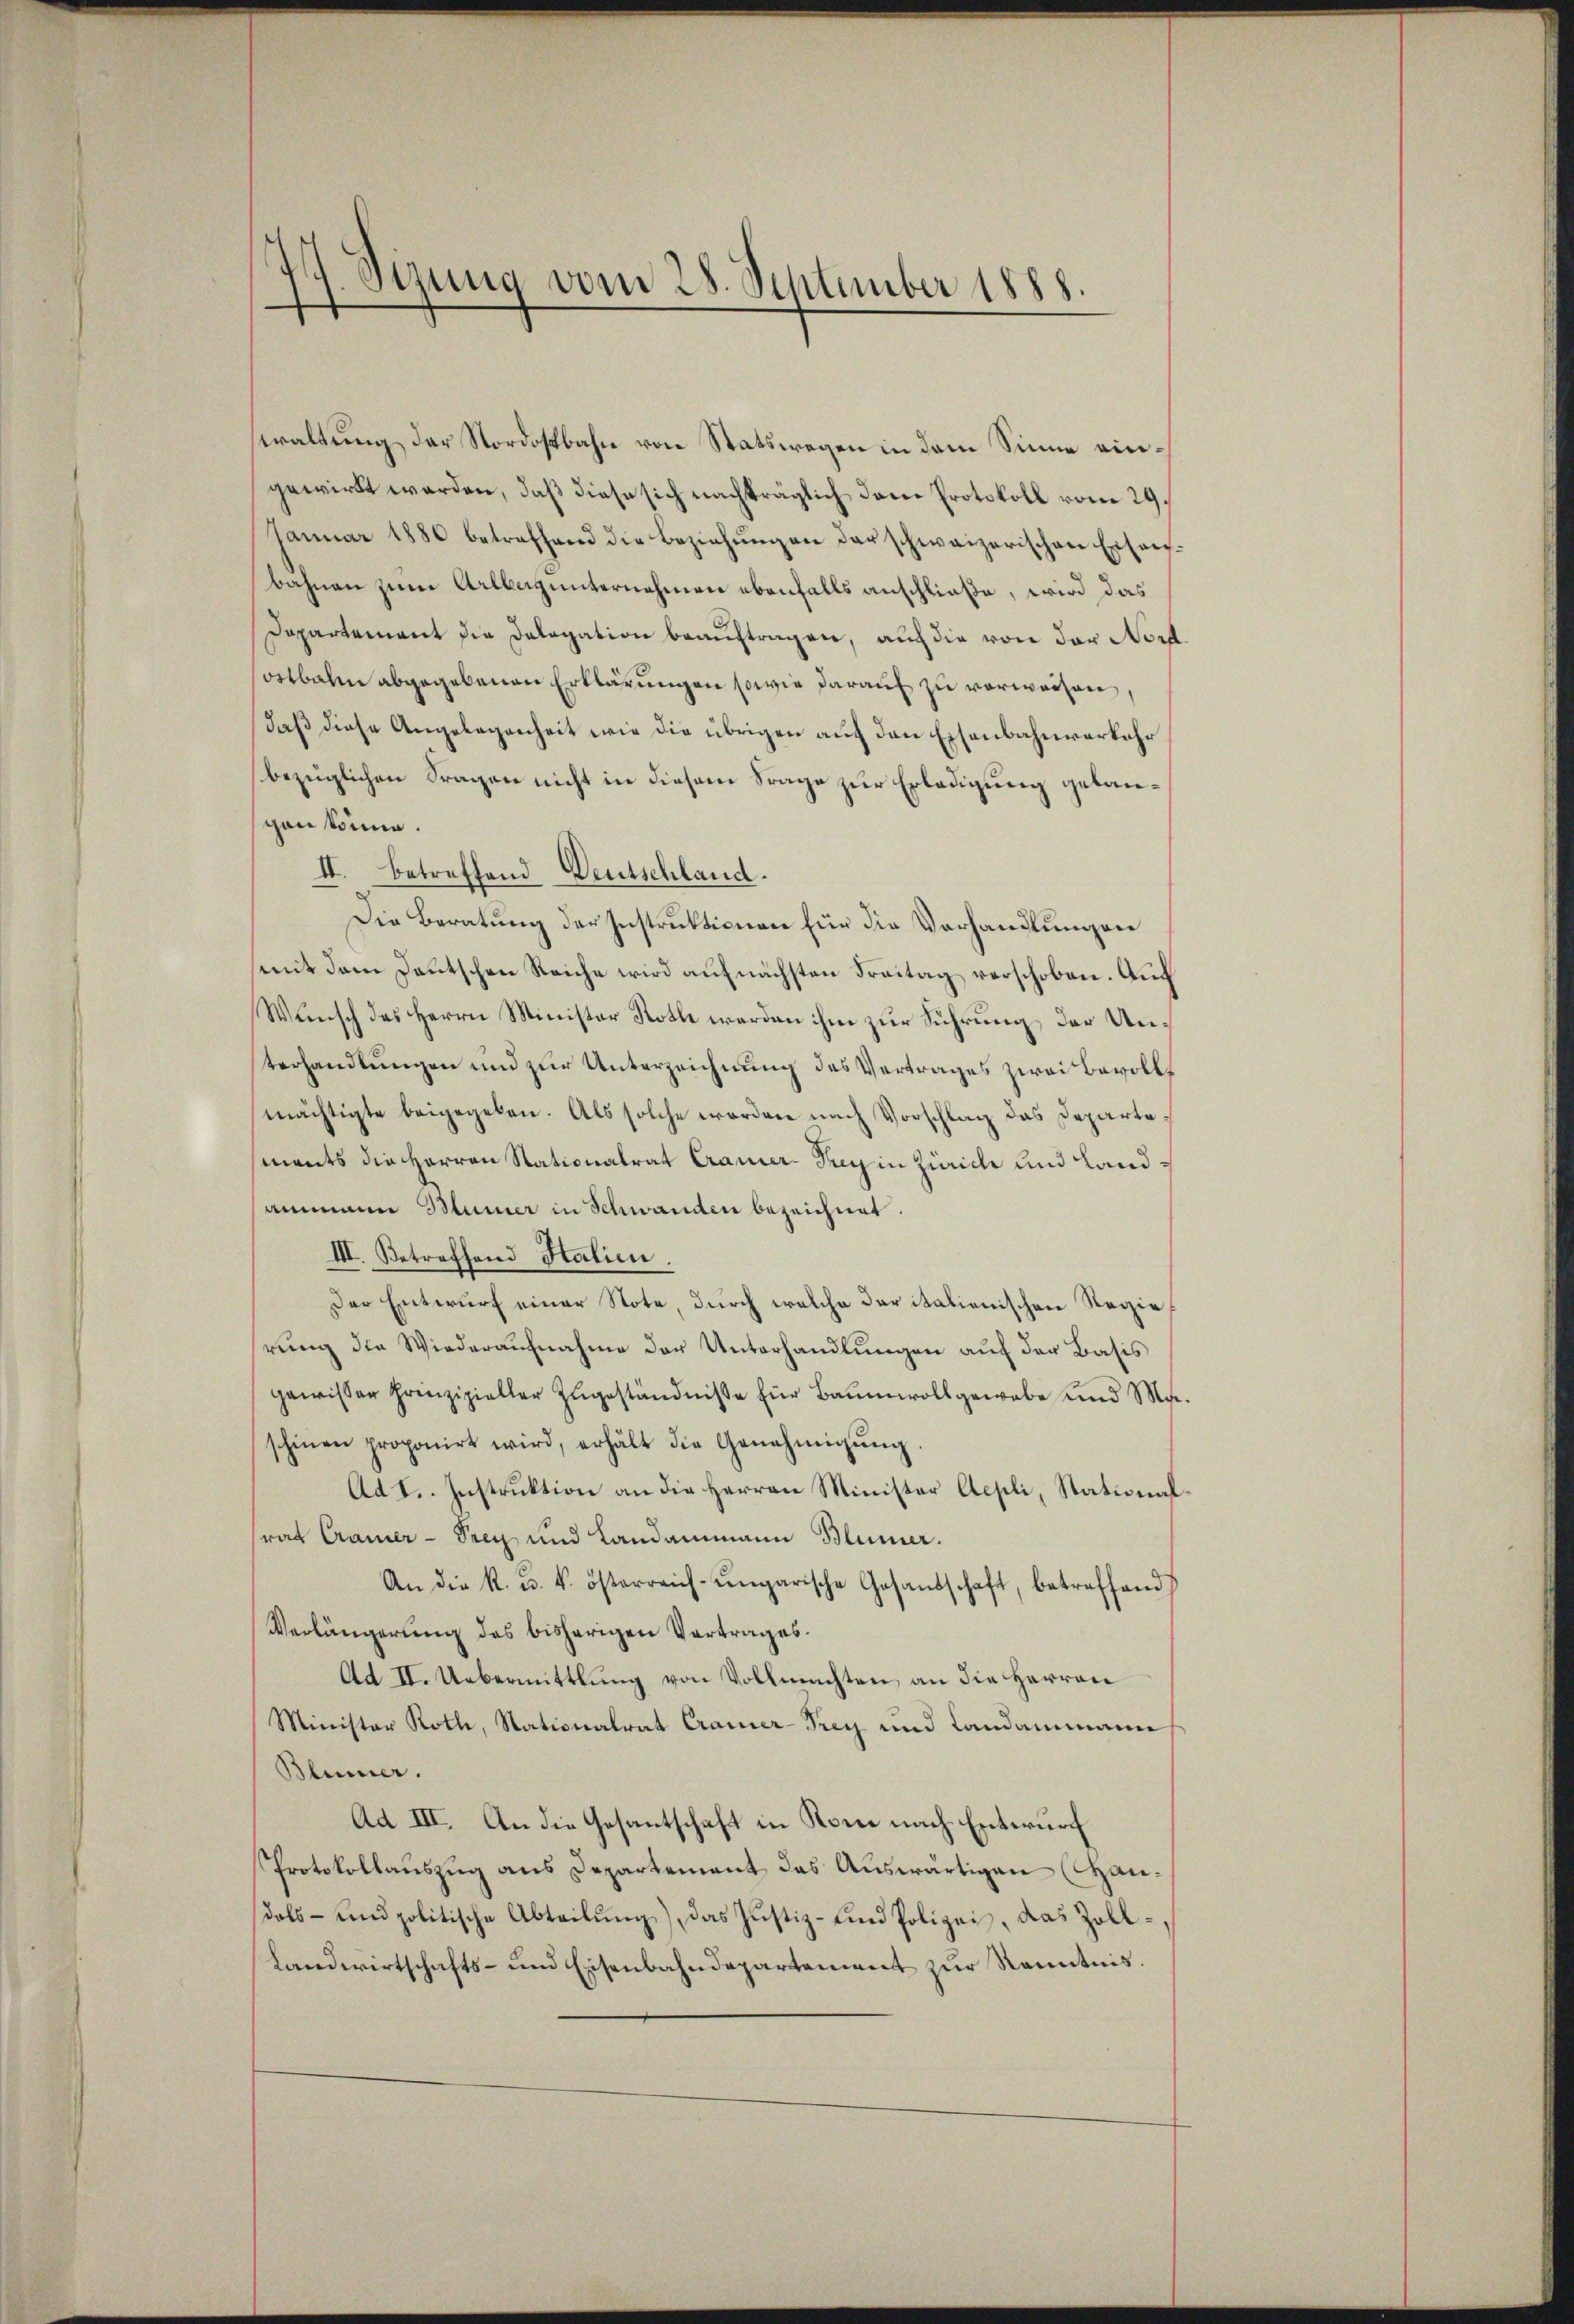
77. Sizung vom 28. September 1888.

waltung der Nordostbahn von Statswegen in dem Sinne eingewirkt werden, daß diese sich nachträglich dem Protokoll vom 29.
Januar 1886 betreffend die Beziehungen darschweizerischen Eisenbahnen zum Alberg unternehmen ebenfalls anschließe, wird das
Departement die Delegation beauftragen, auch die von der Nord
ostbahn abgegebenen Erklärungen sowie darauf zu verweisen
daß diese Angelegenheit wie die übrigen auf den Eisenbahnverkehr
bezüglichen Fragen nicht in diesem Frage zur Erledigung gelangan könne.
II. Betreffend Deutschland.
Die Beratung der Instruktionen für die Vorhandlungen
mit dem Deutschen Reiche wird aufnächsten Freitag verschoben. Auch
Wunsch des Herrn Minister Roth werden ihm zur Führung der Unterhandlungen und zur Unterzeichnung des Vertrages zwei Bevollmächtigte beigegeben. Als solche worden nach Vorschlag das Departe,
ments die Herren Stationalrat Cramer-Prey in Zürich und Landammann Blümer in Schwanden bezeichnet.
III. Betreffend Halien.
Der Entwurf einer Note, durch welche der italienischen Regierung die Wiederaufnahme der Unterhandlungen auf der Basis
gewisser Prinzipieller Zugeständniße für Baumwoll gewebe und Ma
schinen proponirt wird, erhält die Genehmigŭng
Ad I. Instruktion an die Herren Minister Aepli, Stational
srat Cramer-Prey und Landammann Blümer.
An die K. u. k. österreich-ungarische Gesandschaft, betreffend
Verlängerung des bisherigen Vortrages.
Ad II. Uebermittlung von Vollmachten, an die Herren
Minister Roth, Stationalrat Cramer-Trey und Landammann
Blümer.
Ad III. An die Gesantschaft in Rom nach Entwurf
Protokollauszug aus Departement das Auswärtigen (Handals- und politische Abteilŭng, das Justiz- und Polizei, das Zoll-
Landwirtschafts- und Eisenbahndepartement zur Kenntnis.